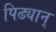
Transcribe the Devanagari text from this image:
पिढ्यान्‌